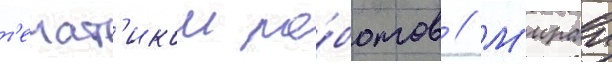
т'емат'икои ро́ботов // М'ираи